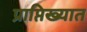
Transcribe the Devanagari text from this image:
प्राप्तिख्यात